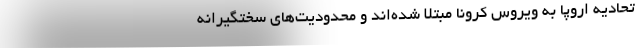
تحادیه اروپا به ویروس کرونا مبتلا شده‌اند و محدودیت‌های سختگیرانه